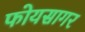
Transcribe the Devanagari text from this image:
फोयसागर